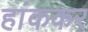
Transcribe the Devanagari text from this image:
हांककर